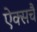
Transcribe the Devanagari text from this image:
ऐक्सचै